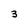
Character: 3